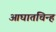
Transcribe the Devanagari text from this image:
आघातचिन्ह